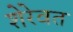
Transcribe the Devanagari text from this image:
शेरेवत